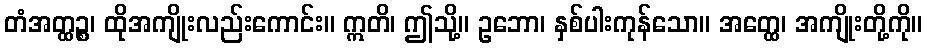
တံအတ္ထဉ္စ၊ ထိုအကျိုးလည်းကောင်း။ ဣတိ၊ ဤသို့။ ဥဘော၊ နှစ်ပါးကုန်သော။ အတ္ထေ၊ အကျိုးတို့ကို။